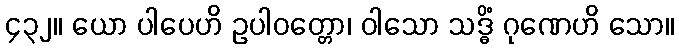
၄၃၂။ ယော ပါပေဟိ ဥပါဝတ္တော၊ ဝါသော သဒ္ဓိံ ဂုဏေဟိ သော။